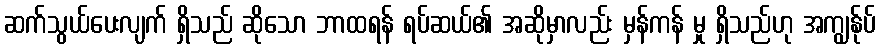
ဆက်သွယ်ပေးလျက် ရှိသည် ဆိုသော ဘာထရန် ရပ်ဆယ်၏ အဆိုမှာလည်း မှန်ကန် မှု ရှိသည်ဟု အကျွန်ုပ်